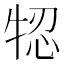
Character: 㸾